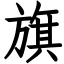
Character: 旗